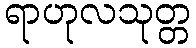
ရာဟုလသုတ္တ